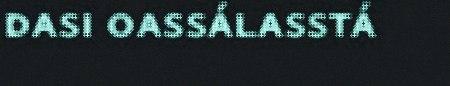
dasi oassálasstá